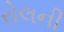
રોલની